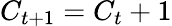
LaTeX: C_{t+1}=C_{t}+1